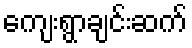
ကျေးရွာချင်းဆက်